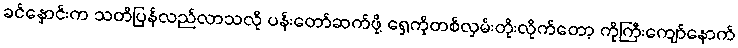
ခင်နှောင်းက သတိပြန်လည်လာသလို ပန်းတော်ဆက်ဖို့ ရှေ့ကိုတစ်လှမ်းတိုးလိုက်တော့ ကိုကြီးကျော်နောက်